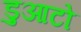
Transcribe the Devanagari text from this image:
डुआटो